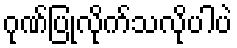
ဂုဏ်ပြုလိုက်သလိုပါပဲ